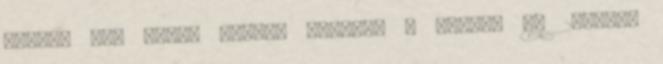
Sajnos nem tudom mikori kiadású a könyv, de 2006-os